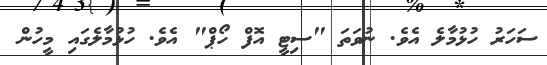
ސަހަރު ހުޅުމާލެ އެވެ. ނުވަތަ "ސިޓީ އޮފް ހޯޕް" އެވެ. ހުޅުމާލެގައި މީހުން